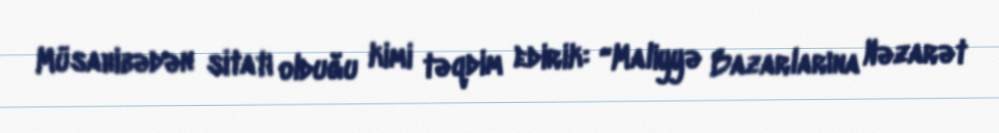
Müsahibədən sitatı olduğu kimi təqdim edirik: “Maliyyə Bazarlarına Nəzarət